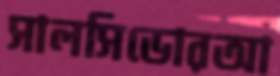
সালসিডোরআ